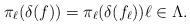
LaTeX: \begin{align*}\pi_\ell(\delta(f))=\pi_\ell(\delta(f_\ell)) \ell \in \Lambda.\end{align*}